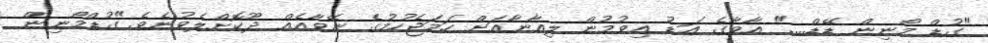
"ގުޑް މޯނިން ޑޭޑް...." އާވާގެ އަޑު އިވުމުން ލިއާނާއަށް ހަމަޖެހުމުގެ ނޭވާއެއް ދޫކޮށްލެވުނެވެ."ގުޑްމޯނިން